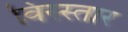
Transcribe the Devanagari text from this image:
विस्स्तार